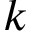
k